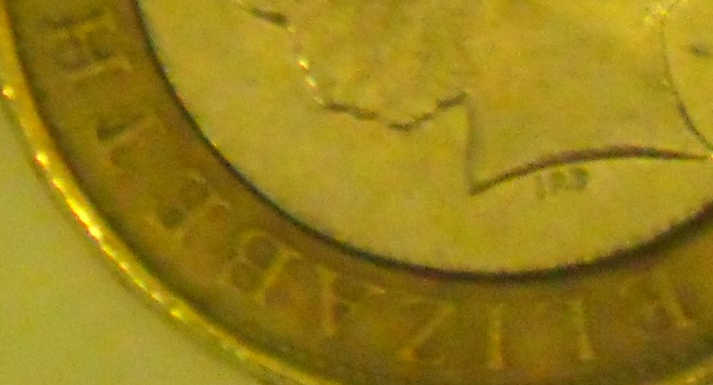
ELIZABETH